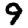
Digit: 9